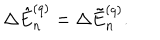
LaTeX: \Delta \hat { E } _ { n } ^ { ( q ) } = \Delta \tilde { E } _ { n } ^ { ( q ) } .